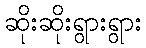
ဆိုးဆိုးရွားရွား